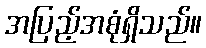
အပြည့်အစုံရှိသည်။